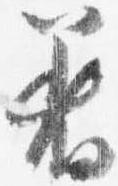
着